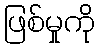
ဖြစ်မှုကို